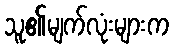
သူ၏မျက်လုံးများက